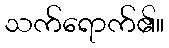
သက်ရောက်၏။